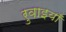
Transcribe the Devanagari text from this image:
रुवाइयाँ